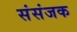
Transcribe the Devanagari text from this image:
संसंजक